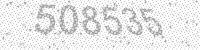
Solution: 508535